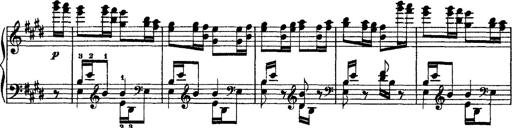
Title: Grandes Ã©tudes de Paganini
Composer: Franz Liszt